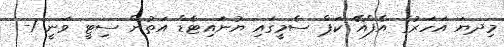
މިދޔަ އަހަރުގެ އެފްއޭ ކަޕް ސެމީގައި ޔުނައިޓެޑް އަތުން ސިޓީ ވަނީ 1-